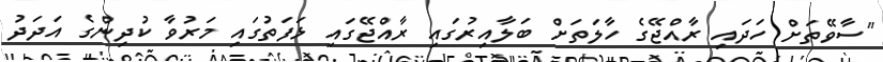
"ސާވޭތަށް ހަދައި ރާއްޖޭގެ ހާލަތަށް ބަލާއިރުގައި ރާއްޖޭގައި ޅަފަތުގައި މަރުވާ ކުދިންގެ އަދަދު